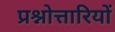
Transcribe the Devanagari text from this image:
प्रश्नोत्तारियों